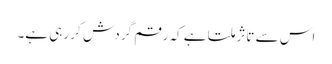
اس سے تاثر ملتا ہے کہ رقم گردش کر رہی ہے۔